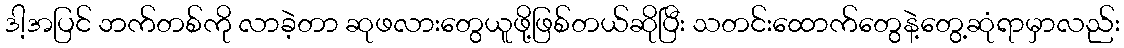
ဒါ့အပြင် ဘက်တစ်ကို လာခဲ့တာ ဆုဖလားတွေယူဖို့ဖြစ်တယ်ဆိုပြီး သတင်းထောက်တွေနဲ့တွေ့ဆုံရာမှာလည်း